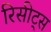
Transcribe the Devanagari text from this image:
रिसीट्स